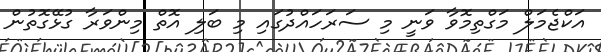
އަކްޖެމަލް މަގްތިމޮވާ ވަނީ މި ސަރަހައްދުގައި މި ބަލި އޮތް މިންވަރާ ގުޅޭގޮތުން